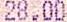
28.00